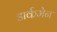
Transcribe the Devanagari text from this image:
डार्कमेन